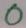
Text: 0